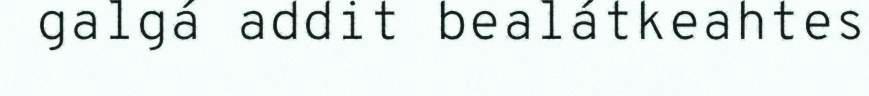
galgá addit bealátkeahtes